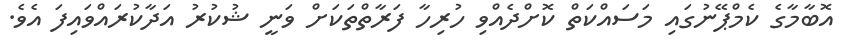
އޮބާމާގެ ކެމްޕޭނުގައި މަސައްކަތް ކޮށްދެއްވި ހުރިހާ ފަރާތްތަކަށް ވަނީ ޝުކުރު އަދާކުރައްވައިފަ އެވެ.